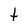
Character: t